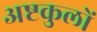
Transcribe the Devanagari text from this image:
अष्टकुलों